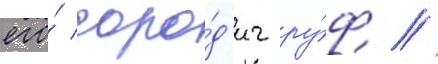
его́ соро́д'ич ру́ф //